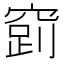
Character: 𮄉